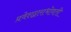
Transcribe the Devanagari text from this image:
प्रवेशद्वाराभोवती